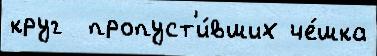
круг  пропуст'и́вших че́шка